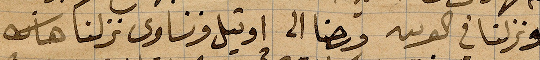
ونزلنا في العربيه ورحنا الى اوتيل فرنساوي نزلنا هناك